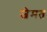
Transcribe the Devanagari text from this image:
जेमत